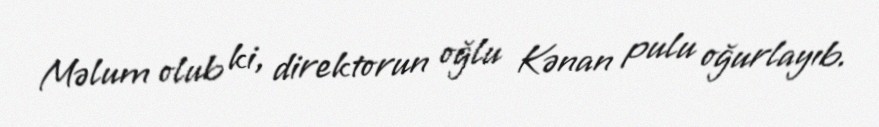
Məlum olub ki, direktorun oğlu Kənan pulu oğurlayıb.